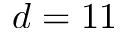
d = 1 1